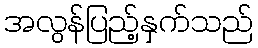
အလွန်ပြည့်နှက်သည်